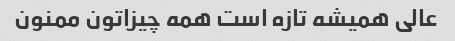
عالی همیشه تازه است همه چیزاتون ممنون